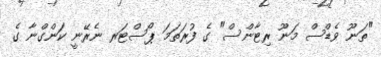
"ތަނޫ ވެޑްސް މަނޫ ރިޓާންސް" ގެ ފުރަތަމަ ޕޯސްޓަރ ނެރޭނީ ކަންގްނާ ގެ